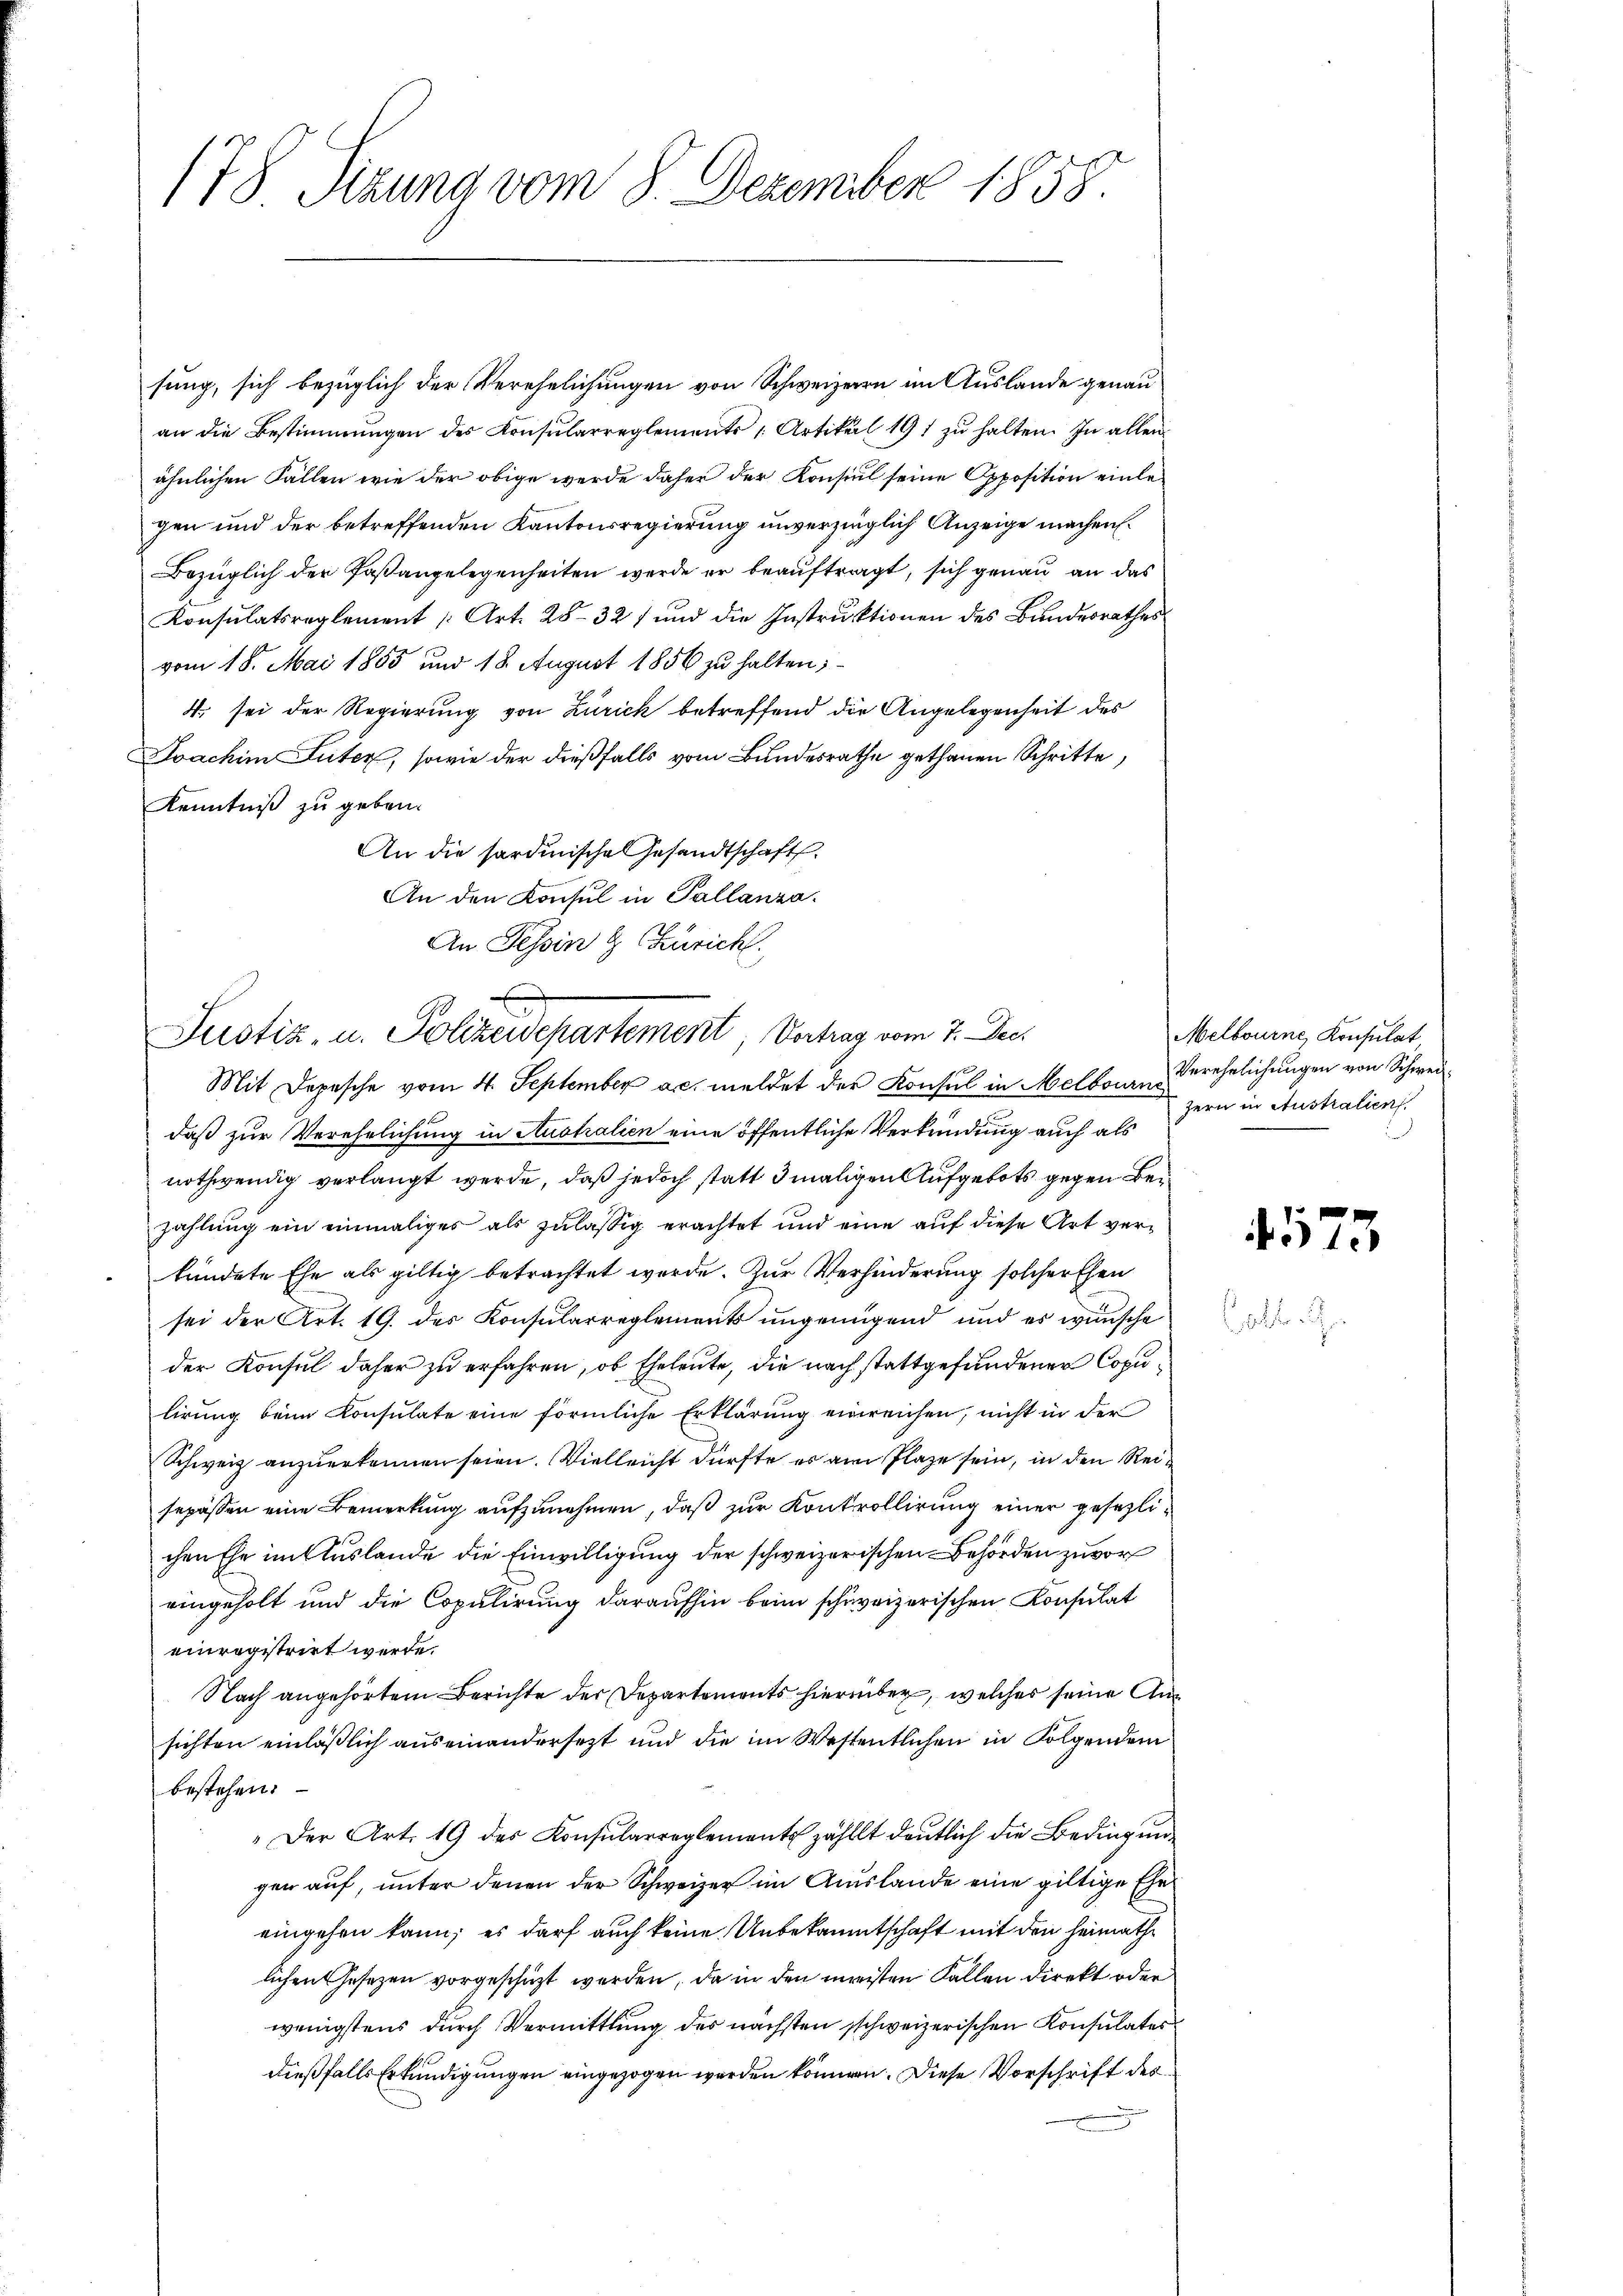
178 Sizung vom 8. Dezember 1858.

sung, sich bezüglich der Verehelichungen von Schweizern im Auslande genau
an die Bestimmungen des Konsularreglements 1. Artikel 191 zu halten. In allen
ähnlichen Fallen wie der obige werde daher der Konsul seine Opposition einlegen und der betreffenden Kantonsregierung unverzüglich Anzeige machen
Bezüglich der Paßangelegenheiten werde er beauftragt, sich genau an das
Konsulatsreglement /: Art. 28. 327 und die Instruktionen des Bundesrathes
vom 18. Mai 1855 und 18. August 1856 zu halten;
4. sei der Regierung von Zürich betreffend die Angelegenheit des
Doachim Suter, sowie der dießfalls vom Bundesrathe gethanen Schritte,
Kenntniß zu geben.
An die sardinische Gesandtschaft.
An den Konsul in Pallanza.
An Tessin & Zürich.

Justiz- u. Polizeidepartement, Vortrag vom 7. Dec.
Mit Depesche vom 4. September a.c. meldet der Konsul in Melborn Verehelichungen von Schwei¬

daß zur Verehelichung in Australien eine öffentliche Verkündung auch als
nothwendig verlangt werde, daß jedoch statt 3 maligen Aufgebots gegen Bezahlung ein einmaliges als zulässig erachtet und eine auf diese Art verfündete Ehe als giltig betrachtet werde. Zur Verhinderung solcher Ehen
sei der Art. 19. des Konsularreglements ungenügend und es wünsche
der Konsul daher zu erfahren, ob Eheleute, die nach stattgefundener Copulirung beim Konsulate eine förmliche Erklärung einreichen, nicht in der
Schweiz anzuerkennen seien. Vielleicht dürfte es am Plaze sein, in den Reisepäßen eine Bemerkung aufzunehmen, daß zur Kontrollirung einer gesezlichen Ehe im Auslande die Einwilligung der schweizerischen Behörden zuvor
eingeholt und die Copulirung daraufhin beim schweizerischen Konsulat
einregistrirt werde.
Nach angehörtem Berichte der Departements hierüber, welches seine Ansichten einläßlich auseinandersetzt und die im Wesentlichen in Folgendem
bestehen.
"Der Art. 19 des Konsularreglements zählt deutlich die Bedingung
gen auf, unter denen der Schweizer im Auslande eine giltige Eheeingehen kann; es darf auch keine Unbekanntschaft mit den Heimathe
lichen Gesezen vorgeschüzt werden, da in den meisten Fallen direkt oder
wenigstens durch Vermittlung des nächsten schweizerischen Konsulates
dießfalls Erkundigungen eingezogen werden können. Diese Vorschrift des

Melbourne Konsulat,
zern in Australien

4573